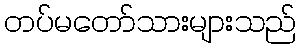
တပ်မတော်သားများသည်